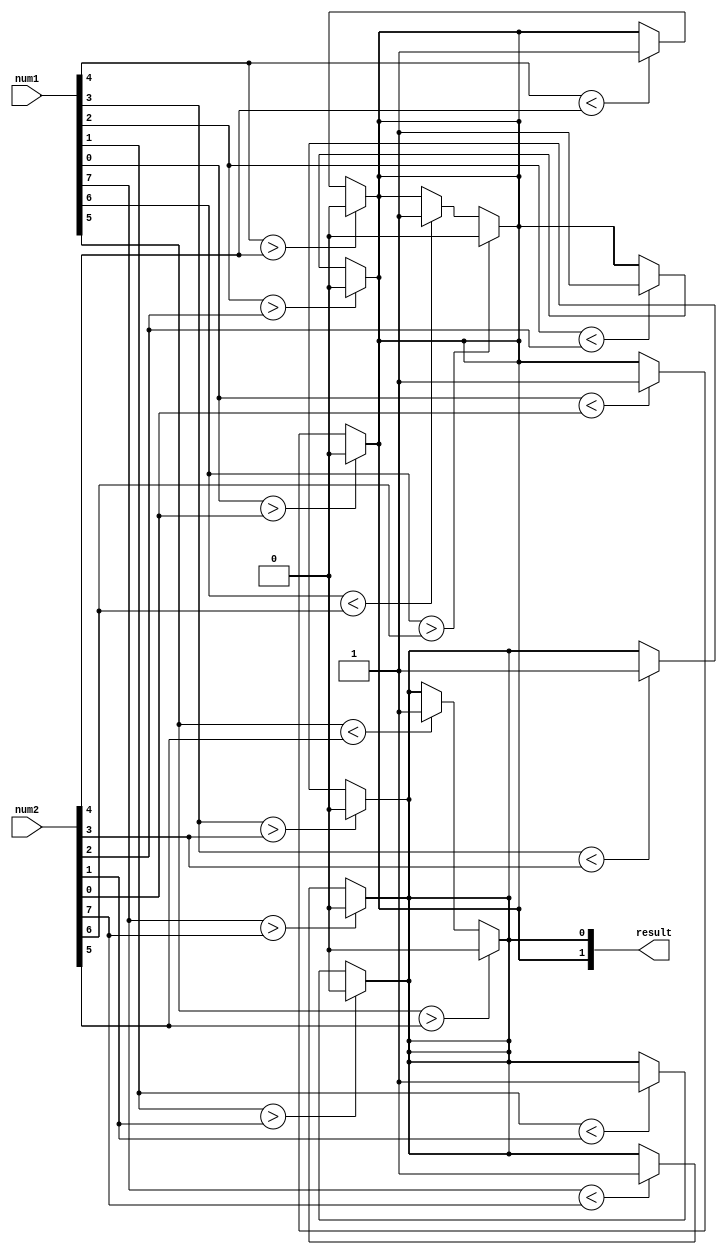
module serial_comparator(input [7:0] num1, num2, output [1:0] result);

wire [1:0] comparison_result;

assign result = comparison_result;

assign comparison_result[0] = (num1[7] > num2[7]) ? 2'b10 : (num1[7] < num2[7]) ? 2'b01 : comparison_result[0];
assign comparison_result[1] = (num1[6] > num2[6]) ? 2'b10 : (num1[6] < num2[6]) ? 2'b01 : comparison_result[1];
assign comparison_result[0] = (num1[5] > num2[5]) ? 2'b10 : (num1[5] < num2[5]) ? 2'b01 : comparison_result[0];
assign comparison_result[1] = (num1[4] > num2[4]) ? 2'b10 : (num1[4] < num2[4]) ? 2'b01 : comparison_result[1];
assign comparison_result[0] = (num1[3] > num2[3]) ? 2'b10 : (num1[3] < num2[3]) ? 2'b01 : comparison_result[0];
assign comparison_result[1] = (num1[2] > num2[2]) ? 2'b10 : (num1[2] < num2[2]) ? 2'b01 : comparison_result[1];
assign comparison_result[0] = (num1[1] > num2[1]) ? 2'b10 : (num1[1] < num2[1]) ? 2'b01 : comparison_result[0];
assign comparison_result[1] = (num1[0] > num2[0]) ? 2'b10 : (num1[0] < num2[0]) ? 2'b01 : comparison_result[1];

endmodule